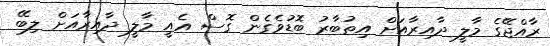
ރާއްޖޭގެ މާލީ ދާއިރާއަށް އިތުބާރު ބޮޑުވެގެން ގޮސް އެއީ މާލީ ދާއިރާއަށް ލިބޭ